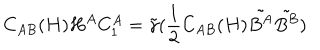
LaTeX: C _ { A B } ( H ) H ^ { A } C _ { 1 } ^ { A } = \tilde { \gamma } ( \frac { 1 } { 2 } C _ { A B } ( H ) \tilde { B ^ { A } } \tilde { B ^ { B } } )